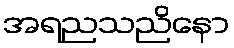
အရညသညိနော